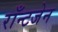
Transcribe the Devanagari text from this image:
राँन्टजेन